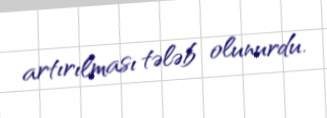
artırılması tələb olunurdu.